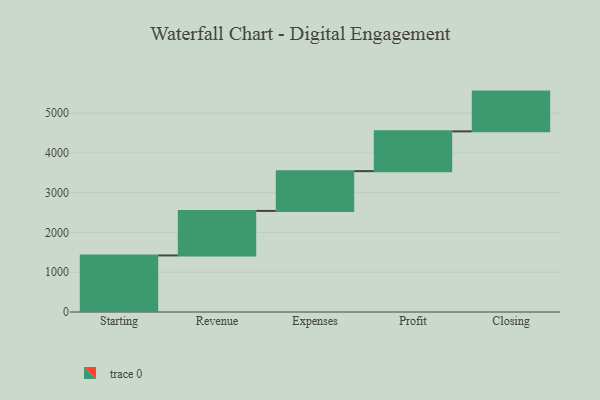
{"axis": {"x": "Step", "y": "Value"}, "legend": [""], "data": [{"x": "Starting", "y": 1422.0, "type": ""}, {"x": "Revenue", "y": 1120.0, "type": ""}, {"x": "Expenses", "y": 1000, "type": ""}, {"x": "Profit", "y": 1000, "type": ""}, {"x": "Closing", "y": 1000, "type": ""}]}